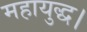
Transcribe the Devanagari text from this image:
महायुद्ध।